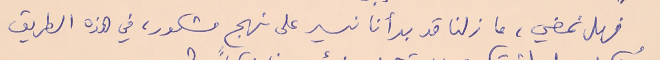
فهل نمضي، ما زلنا قد بأنا نسير على نهجٍ مشكور، في هذه الطريق